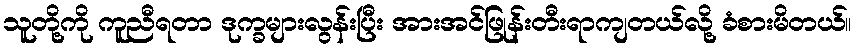
သူတို့ကို ကူညီရတာ ဒုက္ခများလွန်းပြီး အားအင်ဖြုန်းတီးရာကျတယ်လို့ ခံစားမိတယ်။